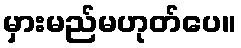
မှားမည်မဟုတ်ပေ။